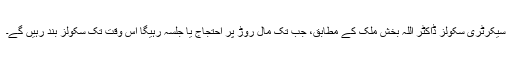
سیکرٹری سکولز ڈاکٹر اللہ بخش ملک کے مطابق، جب تک مال روڑ پر احتجاج یا جلسہ رہیگا اس وقت تک سکولز بند رہیں گے۔